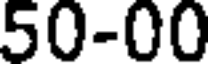
50-00